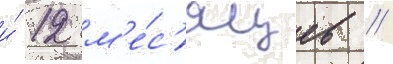
и́ 12 м'е́с'яцев //